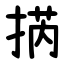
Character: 㨅